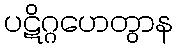
ပဋိဂ္ဂဟေတွာန